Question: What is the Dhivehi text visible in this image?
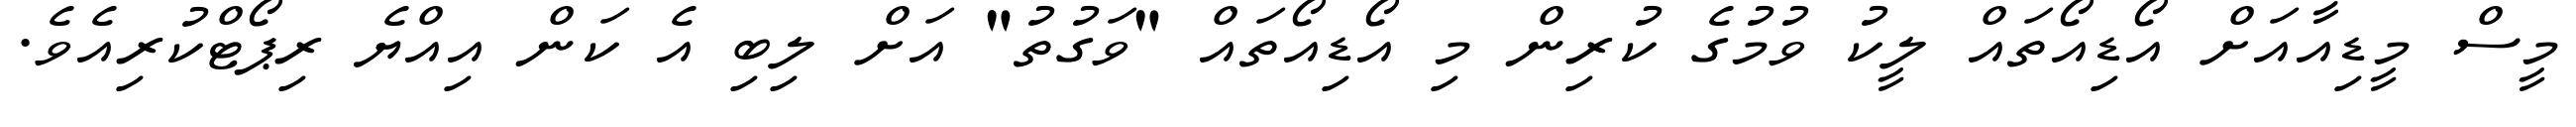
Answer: މީސް މީޑިއާއަށް އޯޑިއޯތައް ލީކު ވުމުގެ ކުރިން މި އޯޑިއޯތައް "ވަގުތު" އަށް ލިބި އެ ކަން އިއްޔެ ރިޕޯޓްކުރިއެވެ.